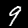
Digit: 9